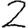
Digit: 2